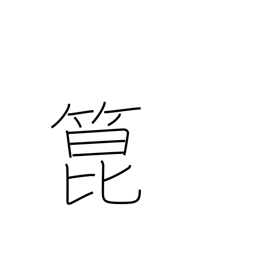
Meaning: bamboo shoots